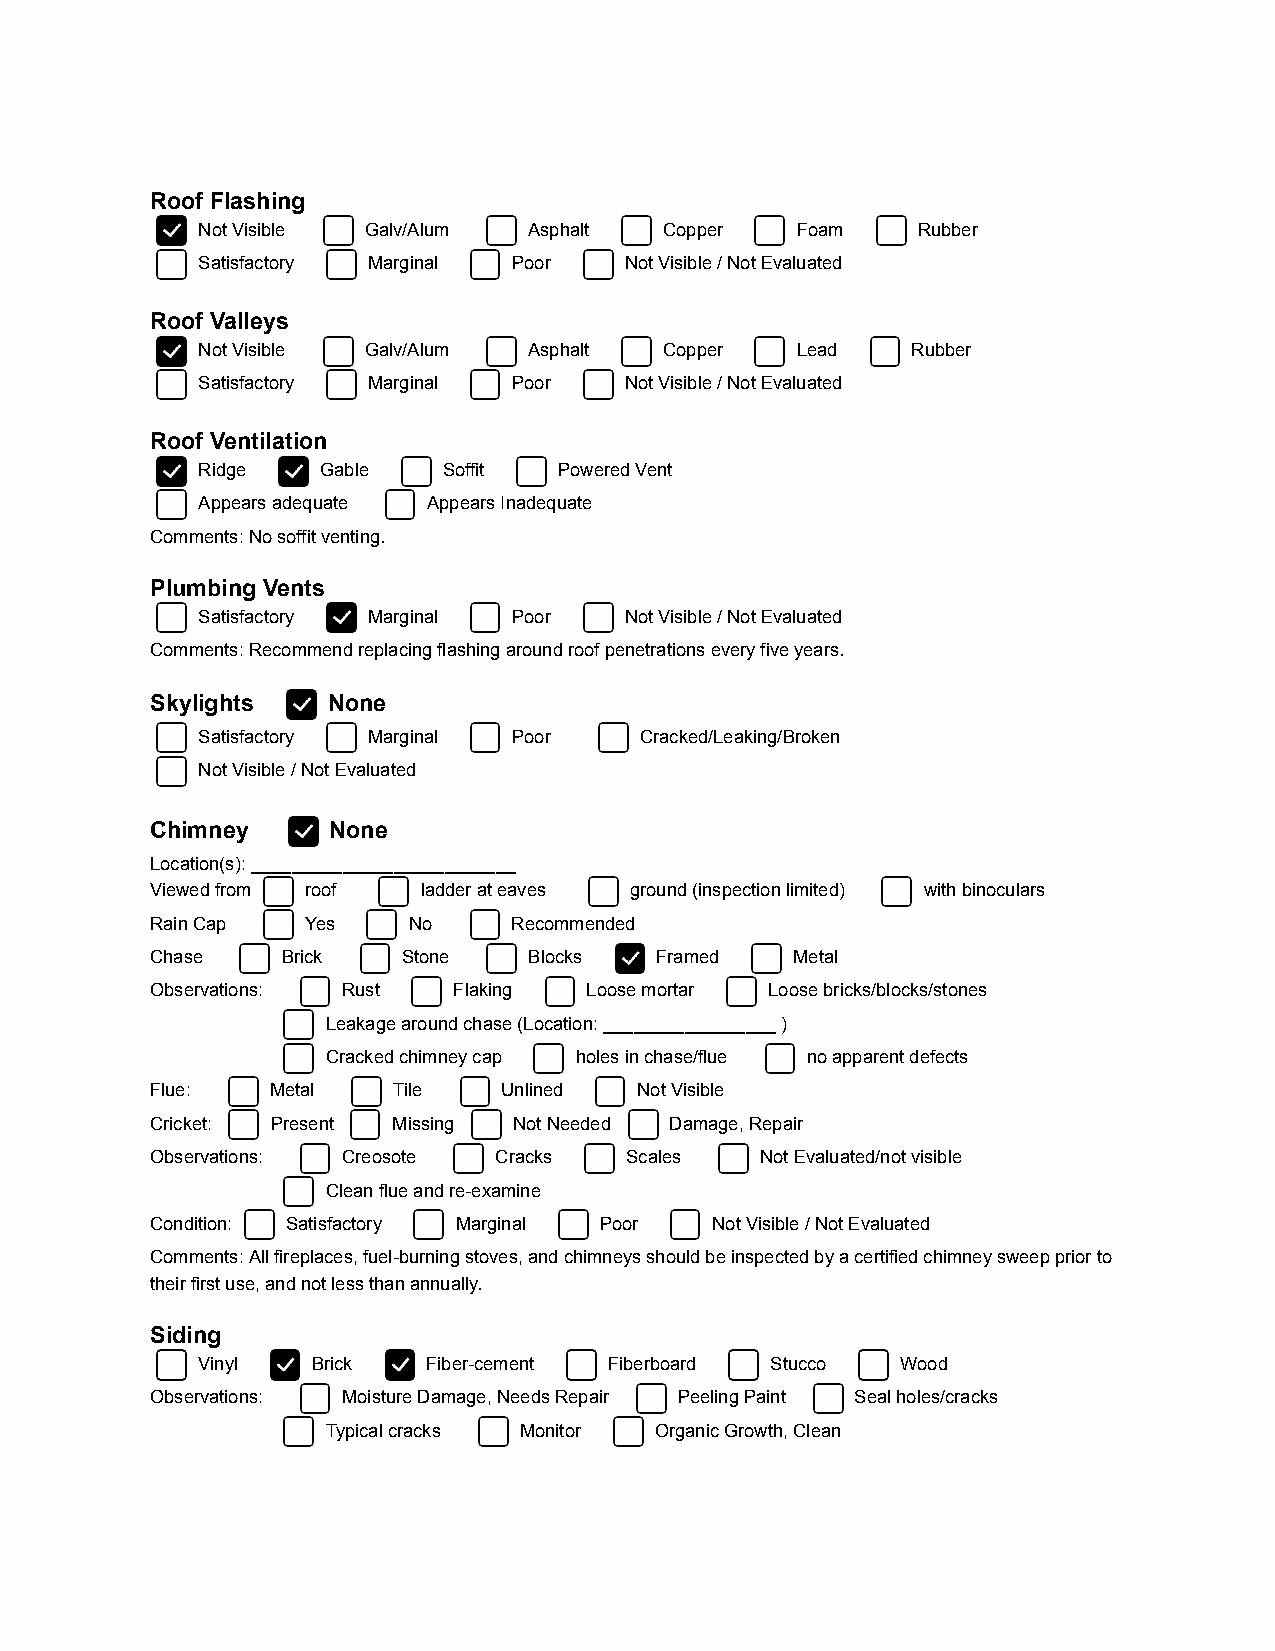
Roof Flashing
 Not Visible Galv/Alum Asphalt  Copper   Foam    Rubber
 Satisfactory Marginal Poor  Not Visible / Not Evaluated
 Roof Valleys
 Not Visible Galv/Alum Asphalt  Copper   Lead   Rubber
 Satisfactory Marginal Poor  Not Visible / Not Evaluated
 Roof Ventilation
 Ridge   Gable   Soffit  Powered Vent
 Appears adequate Appears Inadequate
 Comments: No soffit venting.
 Plumbing Vents
 Satisfactory Marginal Poor  Not Visible / Not Evaluated
 Comments: Recommend replacing flashing around roof penetrations every five years.
 Skylights   None
 Satisfactory Marginal Poor   Cracked/Leaking/Broken
 Not Visible / Not Evaluated
 Chimney     None
 Location(s): __________________________
 Viewed from roof  ladder at eaves ground (inspection limited) with binoculars
 Rain Cap  Yes    No     Recommended
 Chase    Brick   Stone   Blocks  Framed    Metal
 Observations: Rust  Flaking  Loose mortar Loose bricks/blocks/stones
 Leakage around chase (Location: _________________ )
 Cracked chimney cap holes in chase/flue no apparent defects
 Flue:   Metal   Tile   Unlined  Not Visible
 Cricket: Present Missing Not Needed Damage, Repair
 Observations: Creosote Cracks  Scales   Not Evaluated/not visible
 Clean flue and re-examine
 Condition: Satisfactory Marginal Poor Not Visible / Not Evaluated
 Comments: All fireplaces, fuel-burning stoves, and chimneys should be inspected by a certified chimney sweep prior to
 their first use, and not less than annually.
 Siding
 Vinyl   Brick  Fiber-cement Fiberboard Stucco  Wood
 Observations: Moisture Damage, Needs Repair Peeling Paint Seal holes/cracks
 Typical cracks Monitor Organic Growth, Clean